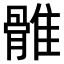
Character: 𩀜